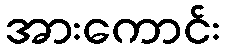
အားကောင်း